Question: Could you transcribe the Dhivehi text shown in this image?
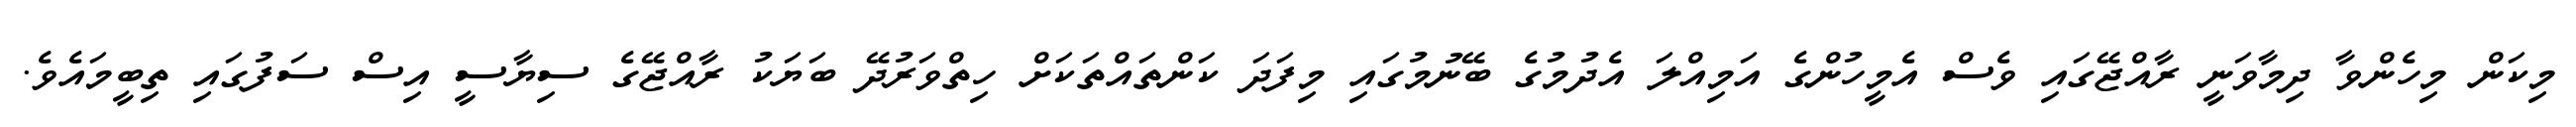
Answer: މިކަން މިހެންވާ ދިމާވަނީ ރާއްޖޭގައި ވެސް އެމީހުންގެ އަމިއްލަ އެދުމުގެ ބޭނުމުގައި މިފަދަ ކަންތައްތަކަށް ހިތްވަރުދޭ ބަޔަކު ރާއްޖޭގެ ސިޔާސީ އިސް ސަފުގައި ތިބީމައެވެ.